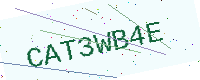
Text: CAT3WB4E